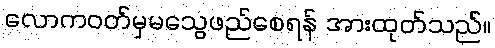
လောကဝတ်မှမသွေဖည်စေရန် အားထုတ်သည်။